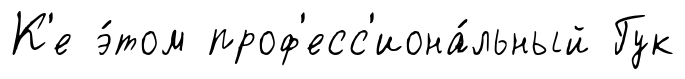
К'е э́том проф'есс'иона́льный Гук